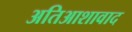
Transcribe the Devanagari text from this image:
अतिआशावाद